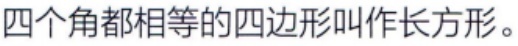
四个角都相等的四边形叫作长方形。